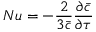
\displaystyle N u = - \frac { 2 } { 3 \bar { c } } \frac { \partial \bar { c } } { \partial \tau }